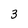
Character: 3